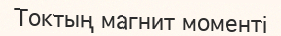
Токтың магнит моменті